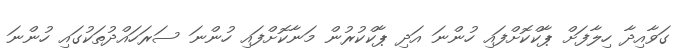
ގަވާއިދާ ހިލާފަށް ޕާކްކޮށްފައި ހުންނަ އަދި ޕާކްކުރުން މަނާކޮށްފައި ހުންނަ ސަރަހައްދުތަކުގައި ހުންނަ